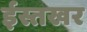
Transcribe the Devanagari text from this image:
ईस्तखर